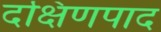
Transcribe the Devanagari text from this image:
दक्षिणपाद